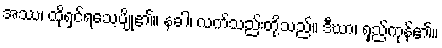
အဿ၊ ထိုရှင်ရသေ့ပျို၏။ နခါ၊ လက်သည်းတို့သည်။ ဒီဃာ၊ ရှည်ကုန်၏။